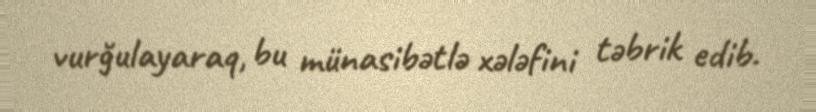
vurğulayaraq, bu münasibətlə xələfini təbrik edib.